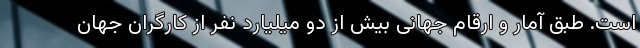
است. طبق آمار و ارقام جهانی بیش از دو میلیارد نفر از کارگران جهان